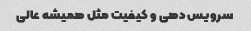
سرویس دهی و کیفیت مثل همیشه عالی